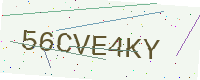
Text: 56CVE4KY